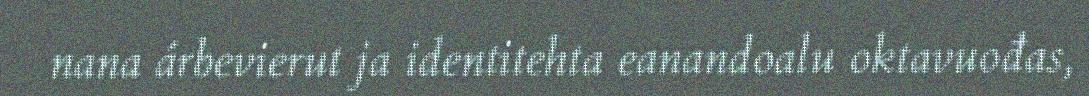
nana árbevierut ja identitehta eanandoalu oktavuođas,